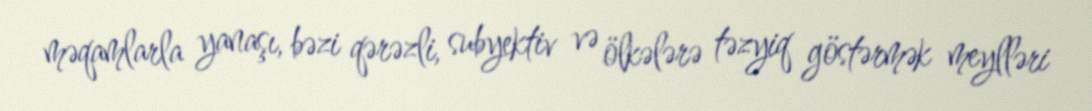
məqamlarla yanaşı, bəzi qərəzli, subyektiv və ölkələrə təzyiq göstərmək meylləri